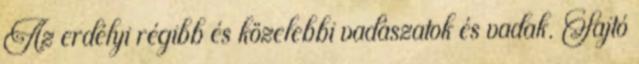
Az erdélyi régibb és közelebbi vadászatok és vadak. Sajtó